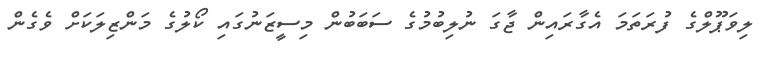
ލިވަޕޫލްގެ ފުރަތަމަ އެގާރައިން ޖާގަ ނުލިބުމުގެ ސަބަބުން މިސީޒަނުގައި ކޯލުގެ މަންޒިލަކަށް ވެގެން